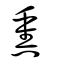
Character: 爋